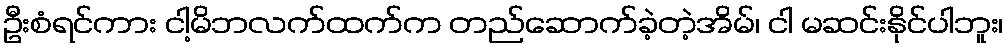
ဦးစံရင်ကား ငါ့မိဘလက်ထက်က တည်ဆောက်ခဲ့တဲ့အိမ်၊ ငါ မဆင်းနိုင်ပါဘူး၊